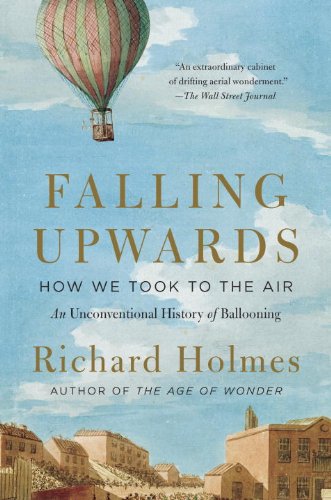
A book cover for Falling Upwards: How We Took to the Air: An Unconventional History of Ballooning; Richard Holmes; Travel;